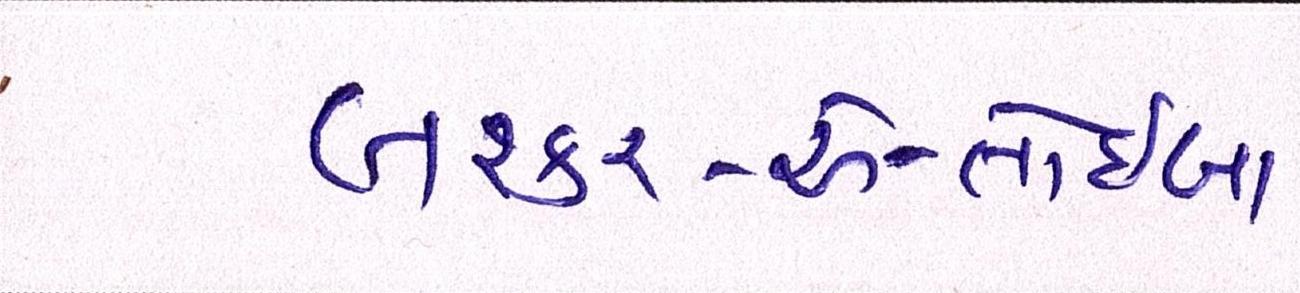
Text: લશ્કર-એ-તોઈબા